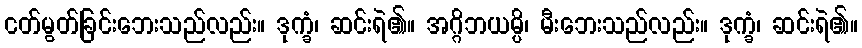
ငတ်မွတ်ခြင်းဘေးသည်လည်း။ ဒုက္ခံ၊ ဆင်းရဲ၏။ အဂ္ဂိဘယမ္ပိ၊ မီးဘေးသည်လည်း။ ဒုက္ခံ၊ ဆင်းရဲ၏။